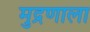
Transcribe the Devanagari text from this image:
मुद्रणाला